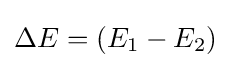
\Delta E=(E_{1}-E_{2})\!